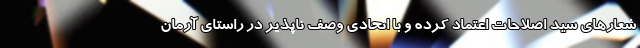
شعارهای سید اصلاحات اعتماد کرده و با اتحادی وصف ناپذیر در راستای آرمان